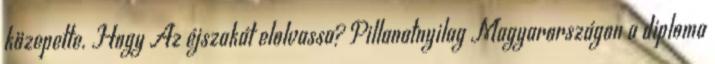
közepette. Hogy Az éjszakát elolvassa? Pillanatnyilag Magyarországon a diploma